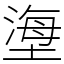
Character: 塰